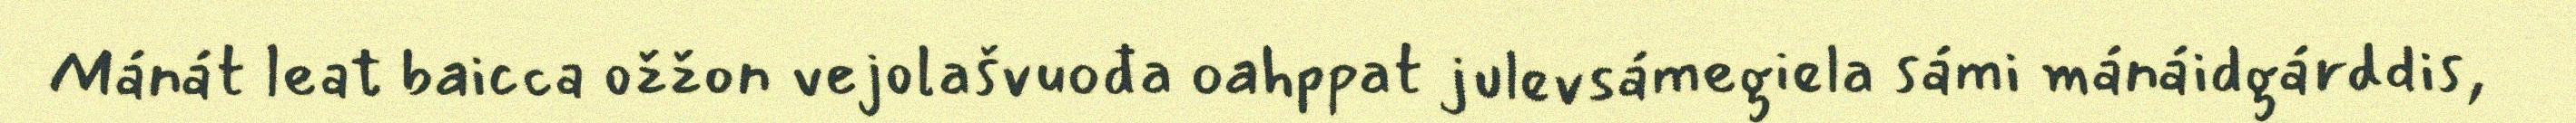
Mánát leat baicca ožžon vejolašvuođa oahppat julevsámegiela sámi mánáidgárddis,